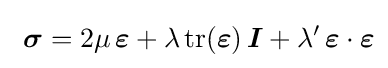
\,\,{\boldsymbol {\sigma }}=2\mu \,{\boldsymbol {\varepsilon }}+\lambda \,{\text{tr}}({\boldsymbol {\varepsilon }})\,{\boldsymbol {I}}+\lambda '\,{\boldsymbol {\varepsilon }}\cdot {\boldsymbol {\varepsilon }}